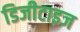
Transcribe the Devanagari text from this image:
डिजीटाइज